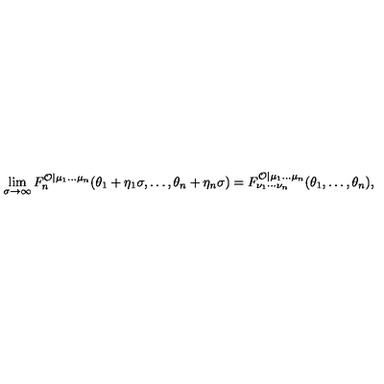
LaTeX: \lim _ { \sigma \rightarrow \infty } F _ { n } ^ { \mathcal { O } | \mu _ { 1 } \ldots \mu _ { n } } ( \theta _ { 1 } + \eta _ { 1 } \sigma , \ldots , \theta _ { n } + \eta _ { n } \sigma ) = F _ { \nu _ { 1 } \cdots \nu _ { n } } ^ { \mathcal { O } | \mu _ { 1 } \ldots \mu _ { n } } ( \theta _ { 1 } , \ldots , \theta _ { n } ) ,